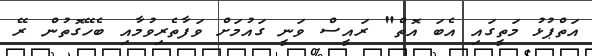
އަތްޕުޅު މަތީގައި އެބަ އޮތް" ރައީސް ވަނީ ގައުމަށް ވަފާތެރިވުމާއި ބެހޭގޮތުން ރޭ